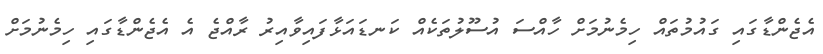
އެޖެންޑާގައި ގައުމުތައް ހިމެނުމަށް ހާއްސަ އުސޫލުތަކެއް ކަނޑައަޅާފައިވާއިރު ރާއްޖެ އެ އެޖެންޑާގައި ހިމެނުމަށް